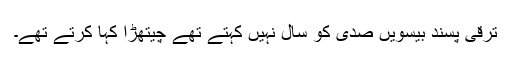
ترقی پسند بیسویں صدی کو سال نہیں کہتے تھے چیتھڑا کہا کرتے تھے۔